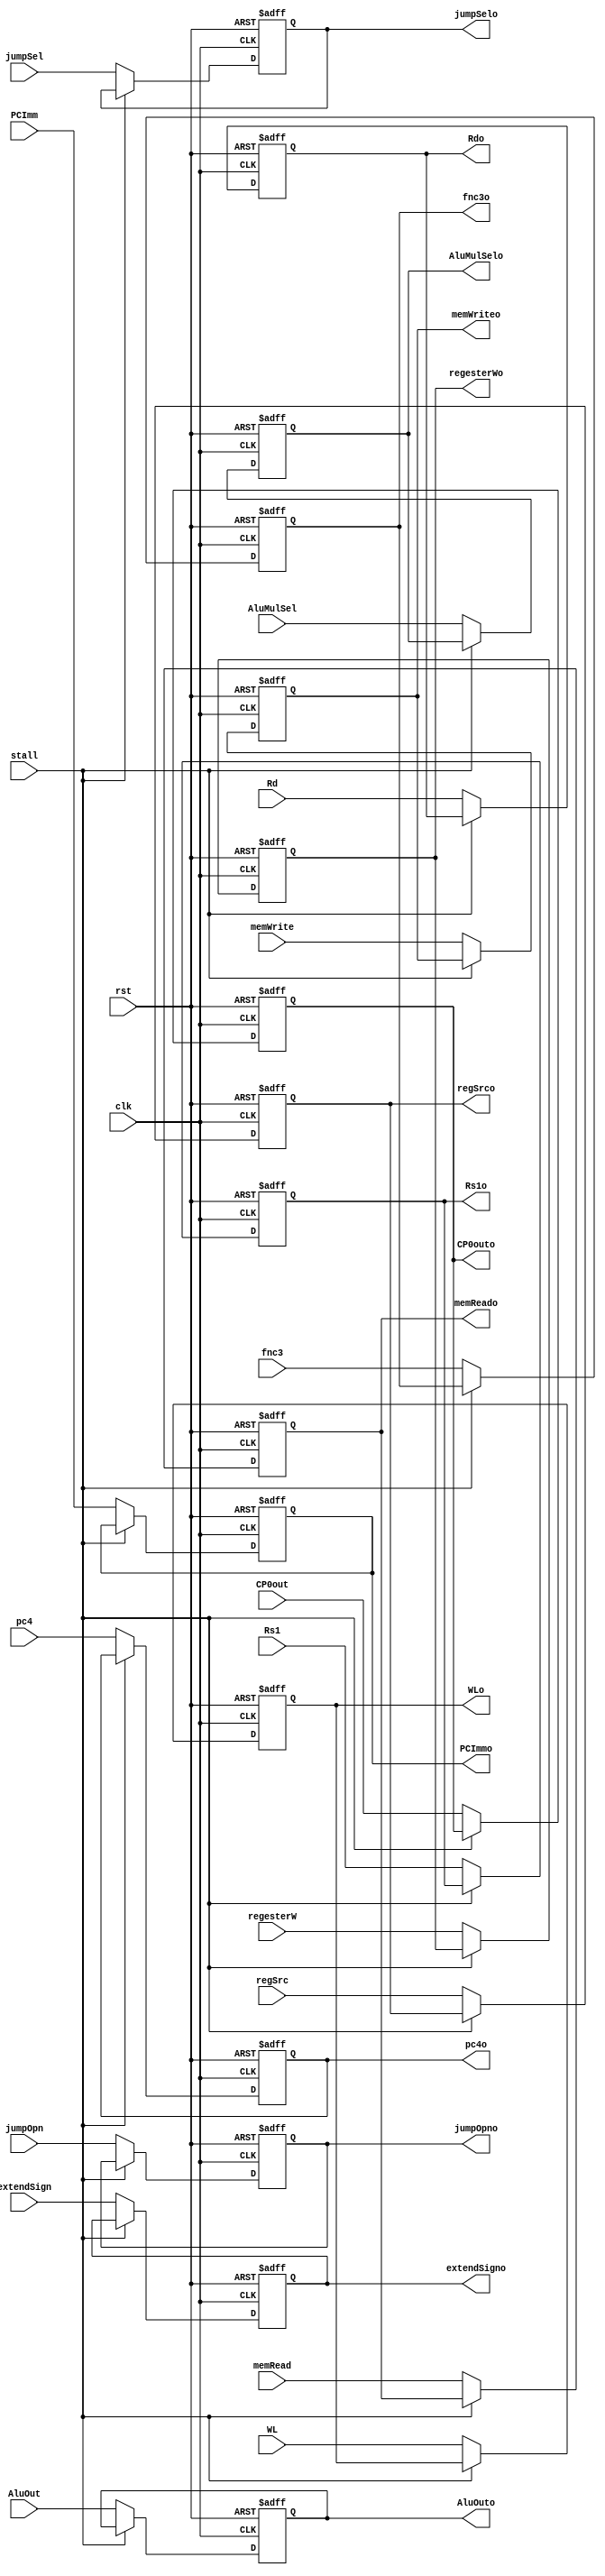
`timescale 1ns / 1ps
module IEME (
    output reg [31:0] pc4o,AluOuto,PCImmo,CP0outo,
    output reg [2:0] fnc3o,
    // output reg [6:0] opcodeo,
    output reg regesterWo,
    output reg [1:0] regSrco,
    output reg memReado,memWriteo,extendSigno,AluMulSelo,
    output reg [1:0] jumpSelo,
    output reg jumpOpno,
    output reg [31:0] Rs1o,
    output reg [4:0] Rdo,
    output reg [1:0] WLo,
    
    input [31:0] pc4,AluOut,PCImm,CP0out,
    input [2:0] fnc3,
    // input [6:0] opcode,
    input regesterW,
    input [1:0] regSrc,
    input memRead,memWrite,extendSign,AluMulSel,
    input [1:0] jumpSel,
    input jumpOpn,
    input [31:0] Rs1,
    input [4:0] Rd,
    input [1:0] WL, 
    input clk,rst,stall
);
    always @(posedge clk, negedge rst) begin
        if(!rst)begin
            pc4o<=0;
            AluOuto<=0;
            fnc3o<=0;
            // opcodeo<=0;
            regesterWo <=0;
            regSrco <=0;
            memReado <=0;
            memWriteo <=0;
            extendSigno<=0;
            AluMulSelo<=0;
            jumpSelo<=0;
            jumpOpno<=0;
            Rs1o<=0;
            Rdo<=0;
            WLo<=0;
            PCImmo<=0;
            CP0outo<=0;
        end
        else begin
            if(stall) begin
                pc4o<=pc4o;
                AluOuto<=AluOuto;
                fnc3o<=fnc3o;
                // opcodeo<=opcode;
                regesterWo <=regesterWo;
                regSrco <=regSrco;
                memReado <=memReado;
                memWriteo <=memWriteo;
                extendSigno<=extendSigno;
                AluMulSelo<=AluMulSelo;
                jumpSelo<=jumpSelo;
                jumpOpno<=jumpOpno;
                Rs1o<=Rs1o;
                Rdo<=Rdo;
                WLo<=WLo;
                PCImmo<=PCImmo;
                CP0outo<=CP0outo;
            end else begin
                pc4o<=pc4;
                AluOuto<=AluOut;
                fnc3o<=fnc3;
                // opcodeo<=opcode;
                regesterWo <=regesterW;
                regSrco <=regSrc;
                memReado <=memRead;
                memWriteo <=memWrite;
                extendSigno<=extendSign;
                AluMulSelo<=AluMulSel;
                jumpSelo<=jumpSel;
                jumpOpno<=jumpOpn;
                Rs1o<=Rs1;
                Rdo<=Rd;
                WLo<=WL;
                PCImmo<=PCImm;
                CP0outo<=CP0out;
            end
        end
    end
endmodule